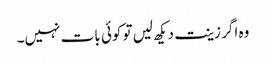
وہ اگر زینت دیکھ لیں تو کوئی بات نہیں۔